Civil Veterinary Dept. Bombay admin report 1900-1906 - 1900-1906
Year: 1900
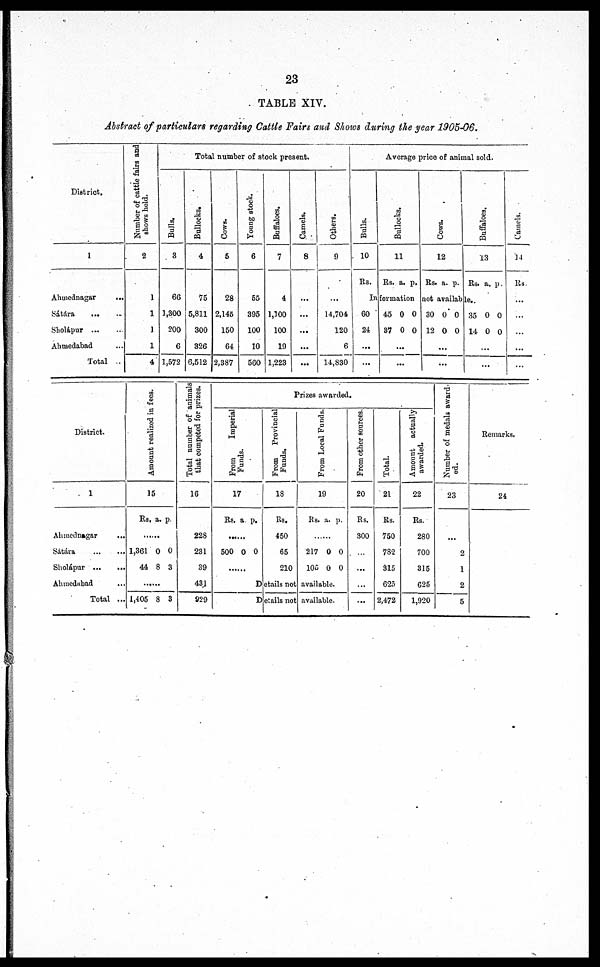
23
TABLE XIV.
Abstract of particulars regarding Cattle Fairs and Shows during the gear 1905-06.
District.
1
Ahmednagar
...
Sátára ... ...
Sholápur ... ...
Ahmedabad ... ...
Total ...
Number of cattle fairs and
shows held.
2
1
1
1
1
4
Total number of stock present.
Bulls.
3
66
1,300
200
6
1,572
Bullocks.
4
75
5,811
300
326
6,512
Cows.
5
28
2,145
150
64
2,387
Young stock.
6
55
395
100
10
560
Buffaloes.
7
4
1,100
100
10
1,223
Camels.
8
...
...
...
...
...
Others.
9
...
14,704
120
6
14,830
Average price of animal sold.
Bulls.
10
Rs.
Bullocks.
11
Rs. a. p.
Cows.
12
Rs. a. p.
Buffaloes.
13
Rs. a. p.
Information not available.
60
24
...
...
45 0 0
37 0 0
...
...
30 0 0
12 0 0
...
...
35 0 0
14 0 0
...
...
Camels.
14
Rs.
...
...
...
...
...
District.
1
Ahmednagar ...
Sátára ... ...
Sholápur ... ...
Ahmedabad ... ...
Total ...
Amount realized in fees.
15
Rs,
1,361
44
......
1,405
a.
0
8
8
p.
0
3
3
Total number of animals
that competed for prizes.
16
228
231
39
431
929
Prizes awarded.
From Imperial
Funds.
17
Rs.
......
500
... ...
a.
0
p.
0
From
Provincial
Funds.
18
Rs.
450
65
210
Fr om Local Funds
.
1
9
Rs.
......
217
105
Details not availa
D etails not availa
a.
0
0
ble
ble
p.
0
0
.
.
From other sources.
20
Rs.
300
...
...
...
...
Total.
21
Rs.
750
782
315
625
2,472
Amount actually
awarded.
22
Rs.
280
700
315
625
1,920
Number of medals award-
ed.
23
...
2
1
2
5
Remarks.
24